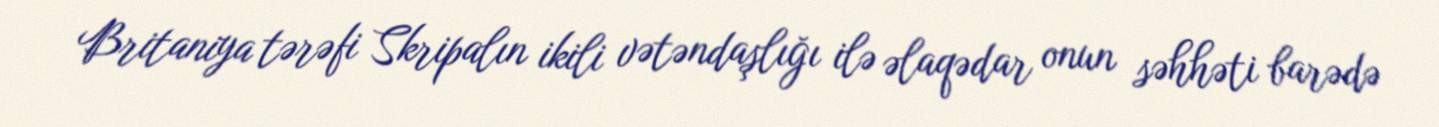
Britaniya tərəfi Skripalın ikili vətəndaşlığı ilə əlaqədar onun səhhəti barədə